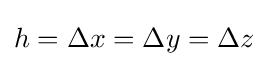
{\textstyle h=\Delta x=\Delta y=\Delta z}